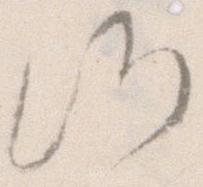
候